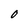
Character: O